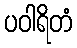
ပဝါရိတံ